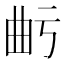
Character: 𭨙